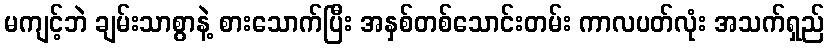
မကျင့်ဘဲ ချမ်းသာစွာနဲ့ စားသောက်ပြီး အနှစ်တစ်သောင်းတမ်း ကာလပတ်လုံး အသက်ရှည်